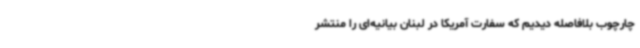
چارچوب بلافاصله دیدیم که سفارت آمریکا در لبنان بیانیه‌ای را منتشر